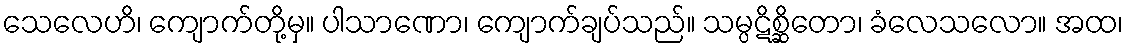
သေလေဟိ၊ ကျောက်တို့မှ။ ပါသာဏော၊ ကျောက်ချပ်သည်။ သမ္ပဋိစ္ဆိတော၊ ခံလေသလော။ အထ၊